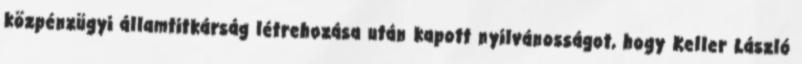
közpénzügyi államtitkárság létrehozása után kapott nyilvánosságot, hogy Keller László